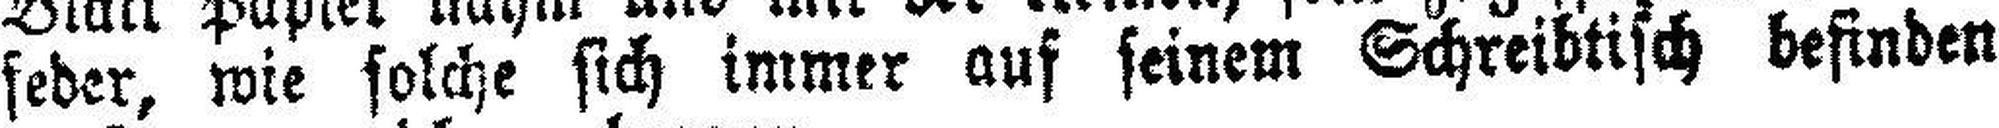
seder, wie solche sich immer auf seinem Schreibtisch befinden